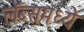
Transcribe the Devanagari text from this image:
लॅब्समध्ये